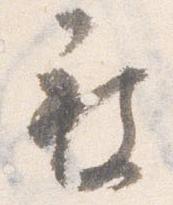
被